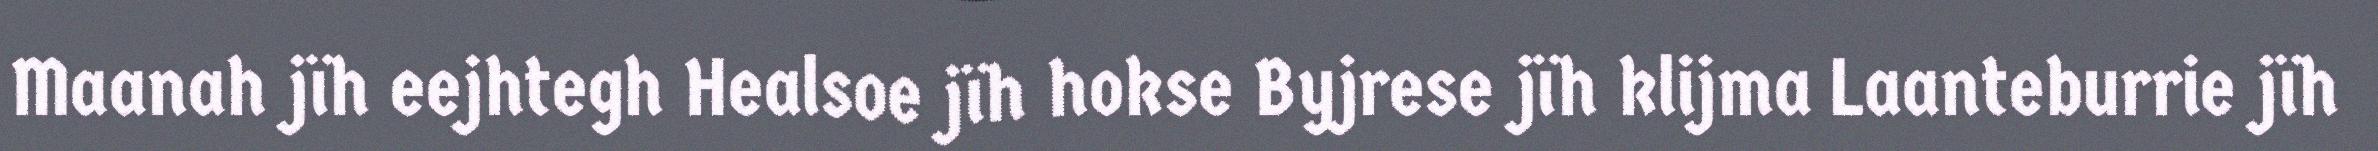
Maanah jïh eejhtegh Healsoe jïh hokse Byjrese jïh klijma Laanteburrie jïh